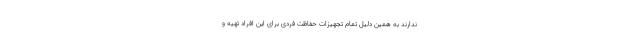
ندارند به همین دلیل تمام تجهیزات حفاظت فردی برای این افراد تهیه و